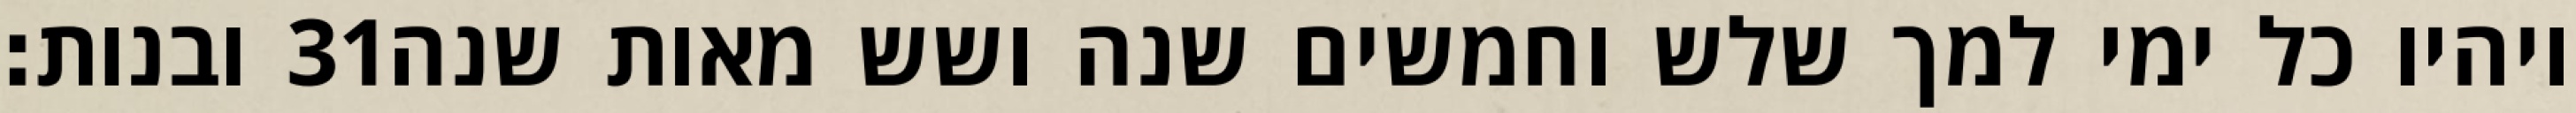
ובנות׃ ‎31‏ ויהיו כל ימי למך שלש וחמשים שנה ושש מאות שנה